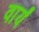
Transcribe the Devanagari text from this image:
वार्यं